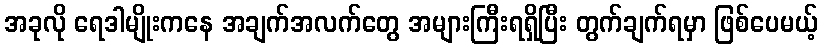
အခုလို ရေဒါမျိုးကနေ အချက်အလက်တွေ အများကြီးရရှိပြီး တွက်ချက်ရမှာ ဖြစ်ပေမယ့်